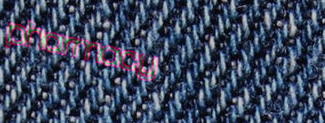
pharmacy